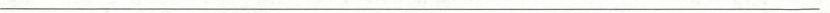
___